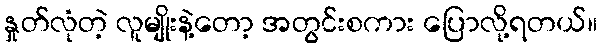
နှုတ်လုံတဲ့ လူမျိုးနဲ့တော့ အတွင်းစကား ပြောလို့ရတယ်။